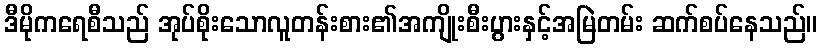
ဒီမိုကရေစီသည် အုပ်စိုးသောလူတန်းစား၏အကျိုးစီးပွားနှင့်အမြဲတမ်း ဆက်စပ်နေသည်။